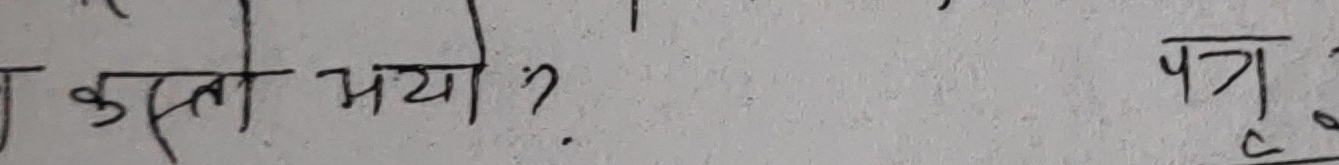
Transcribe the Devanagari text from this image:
कस्तो भयो? पत्र